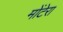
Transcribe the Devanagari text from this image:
मोंटेरा